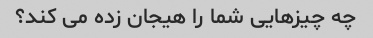
چه چیزهایی شما را هیجان زده می کند؟